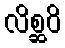
လိစ္ဆဝိ